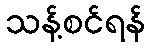
သန့်စင်ရန်